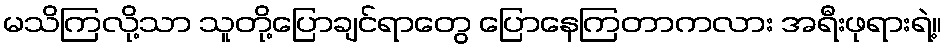
မသိကြလို့သာ သူတို့ပြောချင်ရာတွေ ပြောနေကြတာကလား အရီးဖုရားရဲ့။